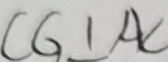
C G \bot A C